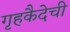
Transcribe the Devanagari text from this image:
गृहकैदेची